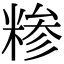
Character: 糁